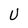
Character: U